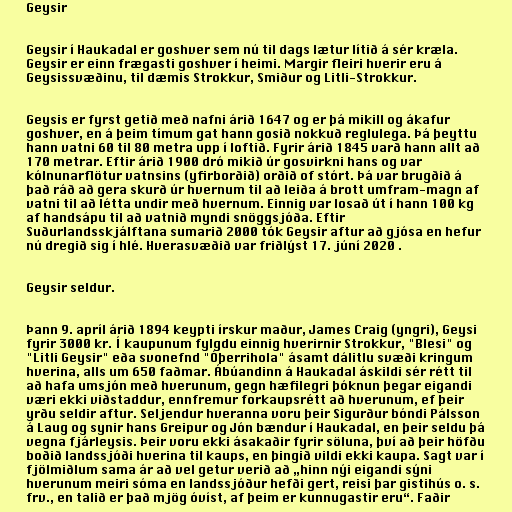
Geysir

Geysir í Haukadal er goshver sem nú til dags lætur lítið á sér kræla.
Geysir er einn frægasti goshver í heimi. Margir fleiri hverir eru á
Geysissvæðinu, til dæmis Strokkur, Smiður og Litli-Strokkur.

Geysis er fyrst getið með nafni árið 1647 og er þá mikill og ákafur
goshver, en á þeim tímum gat hann gosið nokkuð reglulega. Þá þeyttu
hann vatni 60 til 80 metra upp í loftið. Fyrir árið 1845 varð hann allt að
170 metrar. Eftir árið 1900 dró mikið úr gosvirkni hans og var
kólnunarflötur vatnsins (yfirborðið) orðið of stórt. Þá var brugðið á
það ráð að gera skurð úr hvernum til að leiða á brott umfram-magn af
vatni til að létta undir með hvernum. Einnig var losað út í hann 100 kg
af handsápu til að vatnið myndi snöggsjóða. Eftir
Suðurlandsskjálftana sumarið 2000 tók Geysir aftur að gjósa en hefur
nú dregið sig í hlé. Hverasvæðið var friðlýst 17. júní 2020 .

Geysir seldur.

Þann 9. apríl árið 1894 keypti írskur maður, James Craig (yngri), Geysi
fyrir 3000 kr. Í kaupunum fylgdu einnig hverirnir Strokkur, "Blesi" og
"Litli Geysir" eða svonefnd "Óþerrihola" ásamt dálitlu svæði kringum
hverina, alls um 650 faðmar. Ábúandinn á Haukadal áskildi sér rétt til
að hafa umsjón með hverunum, gegn hæfilegri þóknun þegar eigandi
væri ekki viðstaddur, ennfremur forkaupsrétt að hverunum, ef þeir
yrðu seldir aftur. Seljendur hveranna voru þeir Sigurður bóndi Pálsson
á Laug og synir hans Greipur og Jón bændur í Haukadal, en þeir seldu þá
vegna fjárleysis. Þeir voru ekki ásakaðir fyrir söluna, því að þeir höfðu
boðið landssjóði hverina til kaups, en þingið vildi ekki kaupa. Sagt var í
fjölmiðlum sama ár að vel getur verið að „hinn nýi eigandi sýni
hverunum meiri sóma en landssjóður hefði gert, reisi þar gistihús o. s.
frv., en talið er það mjög óvíst, af þeim er kunnugastir eru“. Faðir